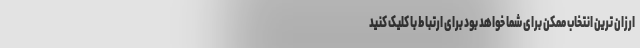
ارزان ترین انتخاب ممکن برای شما خواهد بود برای ارتباط با کلیک کنید